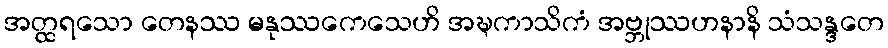
အတ္ထရသော တေနဿ မနုဿကေသေဟိ အဍ္ဎကာသိကံ အဗ္ဘုဿဟနာနိ သံသန္ဒတေ